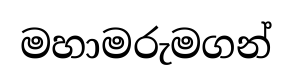
මහාමරුමගන්